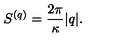
S ^ { ( q ) } = { \frac { 2 \pi } { \kappa } } | q | .